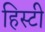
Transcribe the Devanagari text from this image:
हिस्टी